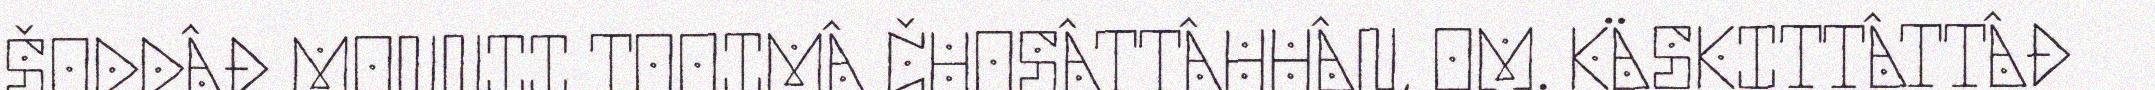
ŠODDÂĐ MONNII TOOIMÂ ČUOSÂTTÂHHÂN, OM. KÄSKITTÂTTÂĐ